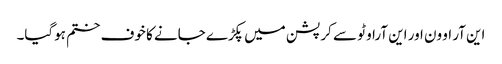
این آر او ون اور این آراو ٹو سے کرپشن میں پکڑے جانے کا خوف ختم ہوگیا۔